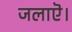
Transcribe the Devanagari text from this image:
जलाऎ।